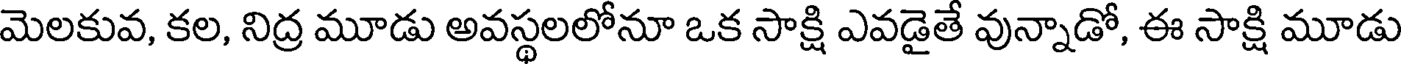
మెలకువ, కల, నిద్ర మూడు అవస్థలలోనూ ఒక సాక్షి ఎవడైతే వున్నాడో, ఈ సాక్షి మూడు